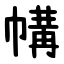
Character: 㡚